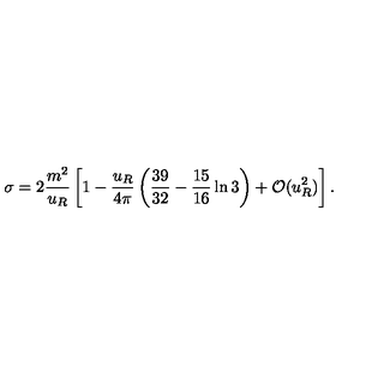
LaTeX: \sigma = 2 \frac { m ^ { 2 } } { u _ { R } } \left[ 1 - \frac { u _ { R } } { 4 \pi } \left( \frac { 3 9 } { 3 2 } - \frac { 1 5 } { 1 6 } \ln 3 \right) + { \cal O } ( u _ { R } ^ { 2 } ) \right] .